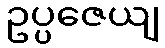
ဥပ္ပဇေယျ